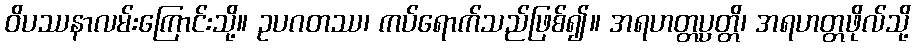
ဝိပဿနာလမ်းကြောင်းသို့။ ဥပဂတဿ၊ ကပ်ရောက်သည်ဖြစ်၍။ အရဟတ္တပ္ပတ္တိ၊ အရဟတ္တဖိုလ်သို့